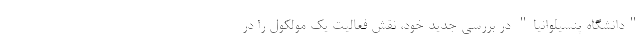
"دانشگاه پنسیلوانیا" در بررسی جدید خود، نقش فعالیت یک مولکول را در